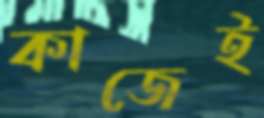
কাজেই